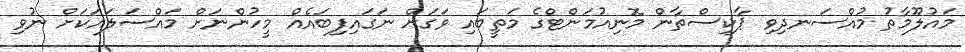
މައުލޫމާތު މުއްސަނދިވި ޕާކިސްތާން މޮނިއުމަންޓްގެ މަތީބައި ވަގަށް ނަގައިފިބައެއް މީހުންނަށް މައްސަލައަކަށް ނުވި